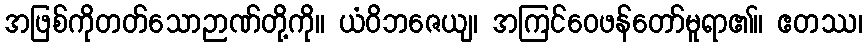
အဖြစ်ကိုတတ်သောဉာဏ်တို့ကို။ ယံဝိဘဇေယျ၊ အကြင်ဝေဖန်တော်မူရာ၏။ ဧတဿ၊